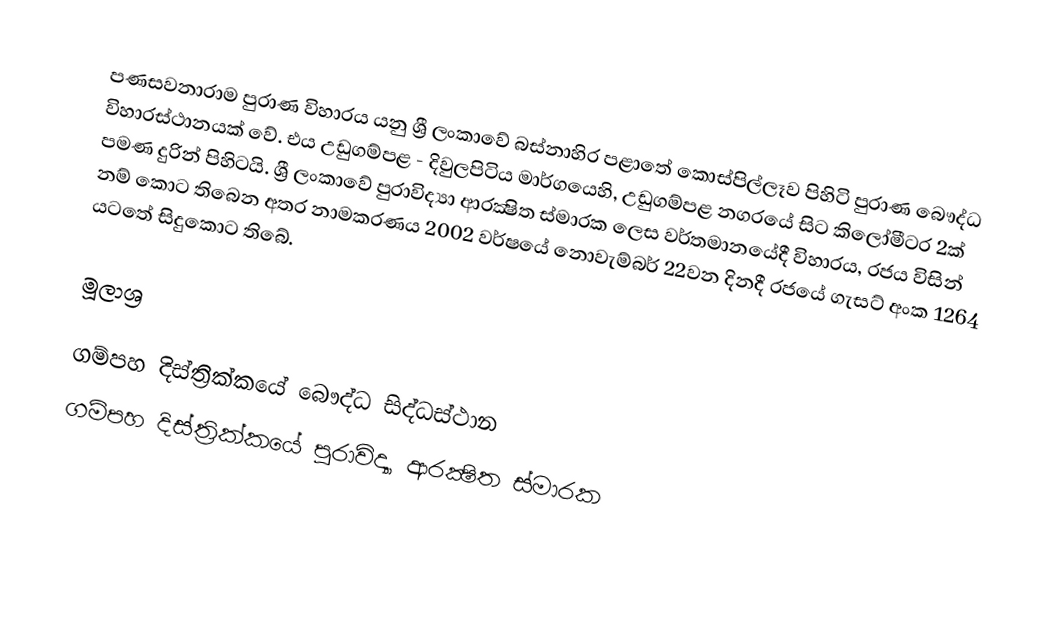
පණසවනාරාම පුරාණ විහාරය යනු ශ්‍රී ලංකාවේ බස්නාහිර පළාතේ කොස්පිල්ලෑව පිහිටි පුරාණ බෞද්ධ විහාරස්ථානයක් වේ. එය උඩුගම්පළ - දිවුලපිටිය මාර්ගයෙහි, උඩුගම්පළ නගරයේ සිට කිලෝමීටර 2ක් පමණ දුරින් පිහිටයි. ශ්‍රී ලංකාවේ පුරාවිද්‍යා ආරක්‍ෂිත ස්මාරක ලෙස වර්තමානයේදී විහාරය, රජය විසින් නම් කොට තිබෙන අතර නාමකරණය 2002 වර්ෂයේ නොවැම්බර් 22වන දිනදී රජයේ ගැසට් අංක 1264 යටතේ සිදුකොට තිබේ.

මූලාශ්‍ර

ගම්පහ දිස්ත්‍රික්කයේ බෞද්ධ සිද්ධස්ථාන
ගම්පහ දිස්ත්‍රික්කයේ පුරාවිද්‍යා ආරක්‍ෂිත ස්මාරක